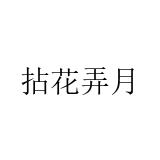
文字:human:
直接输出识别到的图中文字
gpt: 拈花弄月